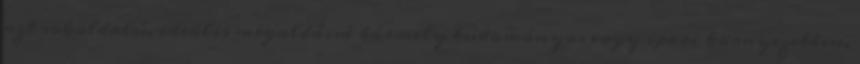
azt sokoldalú, ideális megoldássá bármely tudományos vagy ipari környezetben.